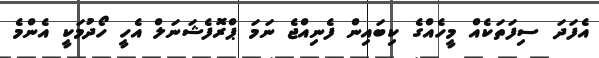
އެފަދަ ސިފަތަކެއް މީހެއްގެ ކިބައިން ފެނިއްޖެ ނަމަ ޕްރޮފެޝަނަލް އެހީ ހޯދުމަކީ އެންމެ